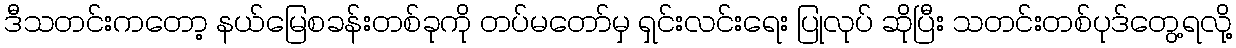
ဒီသတင်းကတော့ နယ်မြေစခန်းတစ်ခုကို တပ်မတော်မှ ရှင်းလင်းရေး ပြုလုပ် ဆိုပြီး သတင်းတစ်ပုဒ်တွေ့ရလို့